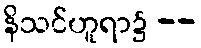
နိသင်ဟူရာ၌ --